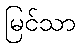
မြင်သာ